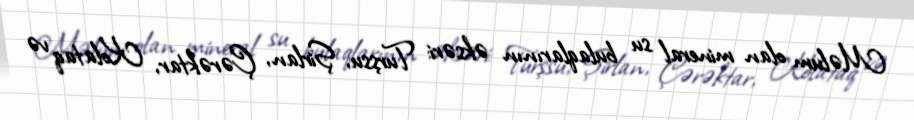
Məlum olan mineral su bulaqlarının əksəri: Turşsu, Şirlan, Çərəktar, Kolataq və